Vaccination in Bombay 1856-1862 - 1856-1862
Year: 1856
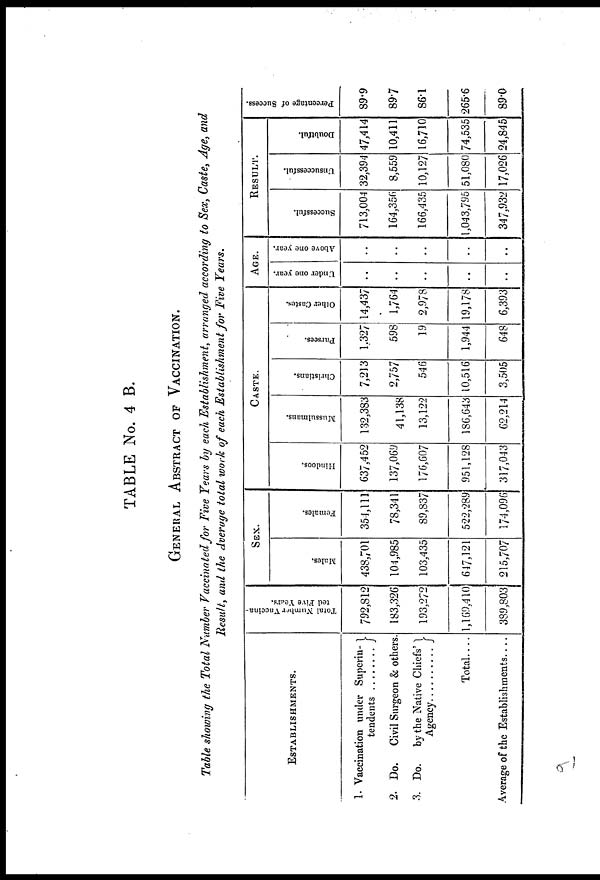
TABLE No. 4 B.
GENERAL ABSTRACT OF VACCINATION.
Table showing the Total Number Vaccinated for Five Years by each Establishment, arranged according to Sex, Caste, Age, and
Result, and the Average total work of each Establishment for Five Years.
ESTABLISHMENTS.
1. Vaccination under Superin-
2. Do. Civil Surgeon & others.
3. Do. by the Native Chiefs
Agency ..........
Total.. ..
Average of the Establishments
Total Number Vaccina-
ted Five Years.
792,812
183,326
193,272
1,169,410
389,803
SEX.
Males.
438,701
104,985
103,435
647,121
215,707
Females.
354,111
78,341
89,837
522,289
174,096
CASTE.
Hindoos.
637,452
137,069
176,607
951,128
317,043
Mussulmans.
132,383
41,138
13,122
186,643
62,214
Christians.
7,213
2,757
546
10,516
3,505
Parsees.
1,327
598
19
1,944
648
Other Castes.
14,437
1,764
2,978
19,178
6,393
AGE.
Under one year.
..
..
..
..
..
Above one year.
..
..
..
..
..
RESULT.
Successful.
713,004
164,356
166,435
1,043,795
347,932
Unsuccessful.
32,394
8,559
10,127
51,080
17,026
Doubtful.
47,414
10,411
16,710
74,535
24,845
Percentage of Success.
89.9
89.7
86.1
265.6
89.0